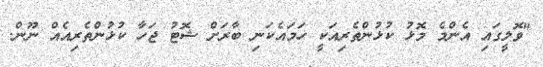
"ވޮލީގައި އެންމެ މޮޅު ކުޅުންތެރިއަކީ ހަމައެކަނި ބާރަށް ޝޮޓު ޖަހާ ކުޅުންތެރިއެއް ނޫން.